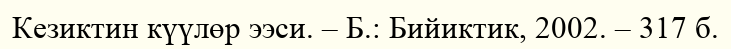
Кезиктин күүлөр ээси. – Б.: Бийиктик, 2002. – 317 б.